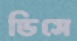
ডিসে